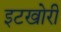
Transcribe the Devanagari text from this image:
इटखोरी